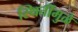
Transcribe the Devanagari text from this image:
स्थितींमुळे